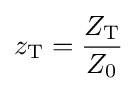
z_{\text{T}}={\frac {Z_{\text{T}}}{Z_{0}}}